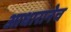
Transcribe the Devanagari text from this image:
आधारानेच